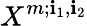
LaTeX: X^{m;\mathbf{i}_{1},\mathbf{i}_{2}}